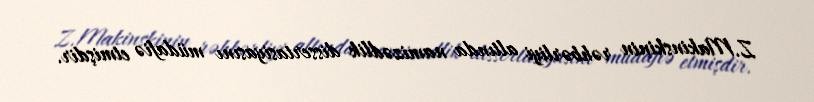
Z.Makinskinin rəhbərliyi altında namizədlik dissertasiyasını müdafiə etmişdir.